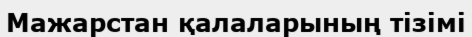
Мажарстан қалаларының тізімі